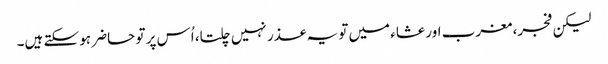
لیکن فجر، مغرب اور عشاء میں تو یہ عذر نہیں چلتا، اُس پر تو حاضر ہو سکتے ہیں۔